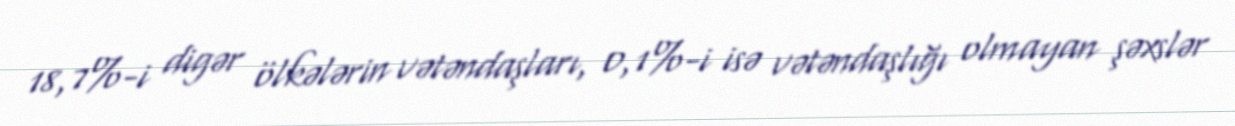
18,7%-i digər ölkələrin vətəndaşları, 0,1%-i isə vətəndaşlığı olmayan şəxslər